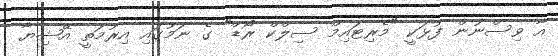
އާ ވިސްނުން ފުޅަކީ "މެރިޓައިމް ސިލްކް ރޯޑް" ގެ ނަމުގައި އިރުމަތީ އޭޝިޔާ